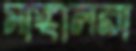
মাঙ্গালরা